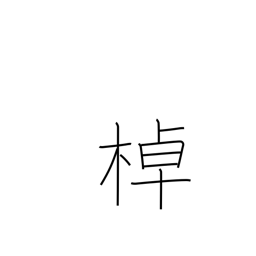
Meaning: pole a boat